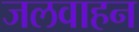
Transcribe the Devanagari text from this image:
जलवाहन